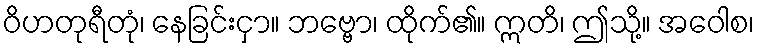
ဝိဟတုရီတုံ၊ နေခြင်းငှာ။ ဘဗ္ဗော၊ ထိုက်၏။ ဣတိ၊ ဤသို့။ အဝေါစ၊